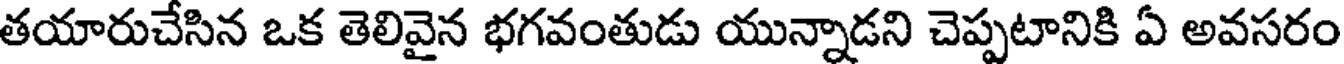
తయారుచేసిన ఒక తెలివైన భగవంతుడు యున్నాడని చెప్పటానికి ఏ అవసరం